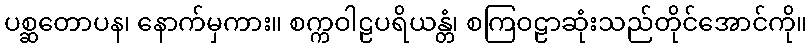
ပစ္ဆတောပန၊ နောက်မှကား။ စက္ကဝါဠပရိယန္တံ၊ စကြဝဠာဆုံးသည်တိုင်အောင်ကို။